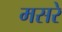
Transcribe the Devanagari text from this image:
मसरे